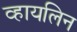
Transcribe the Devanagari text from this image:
व्हायलिन